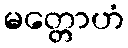
မတ္တောဟံ